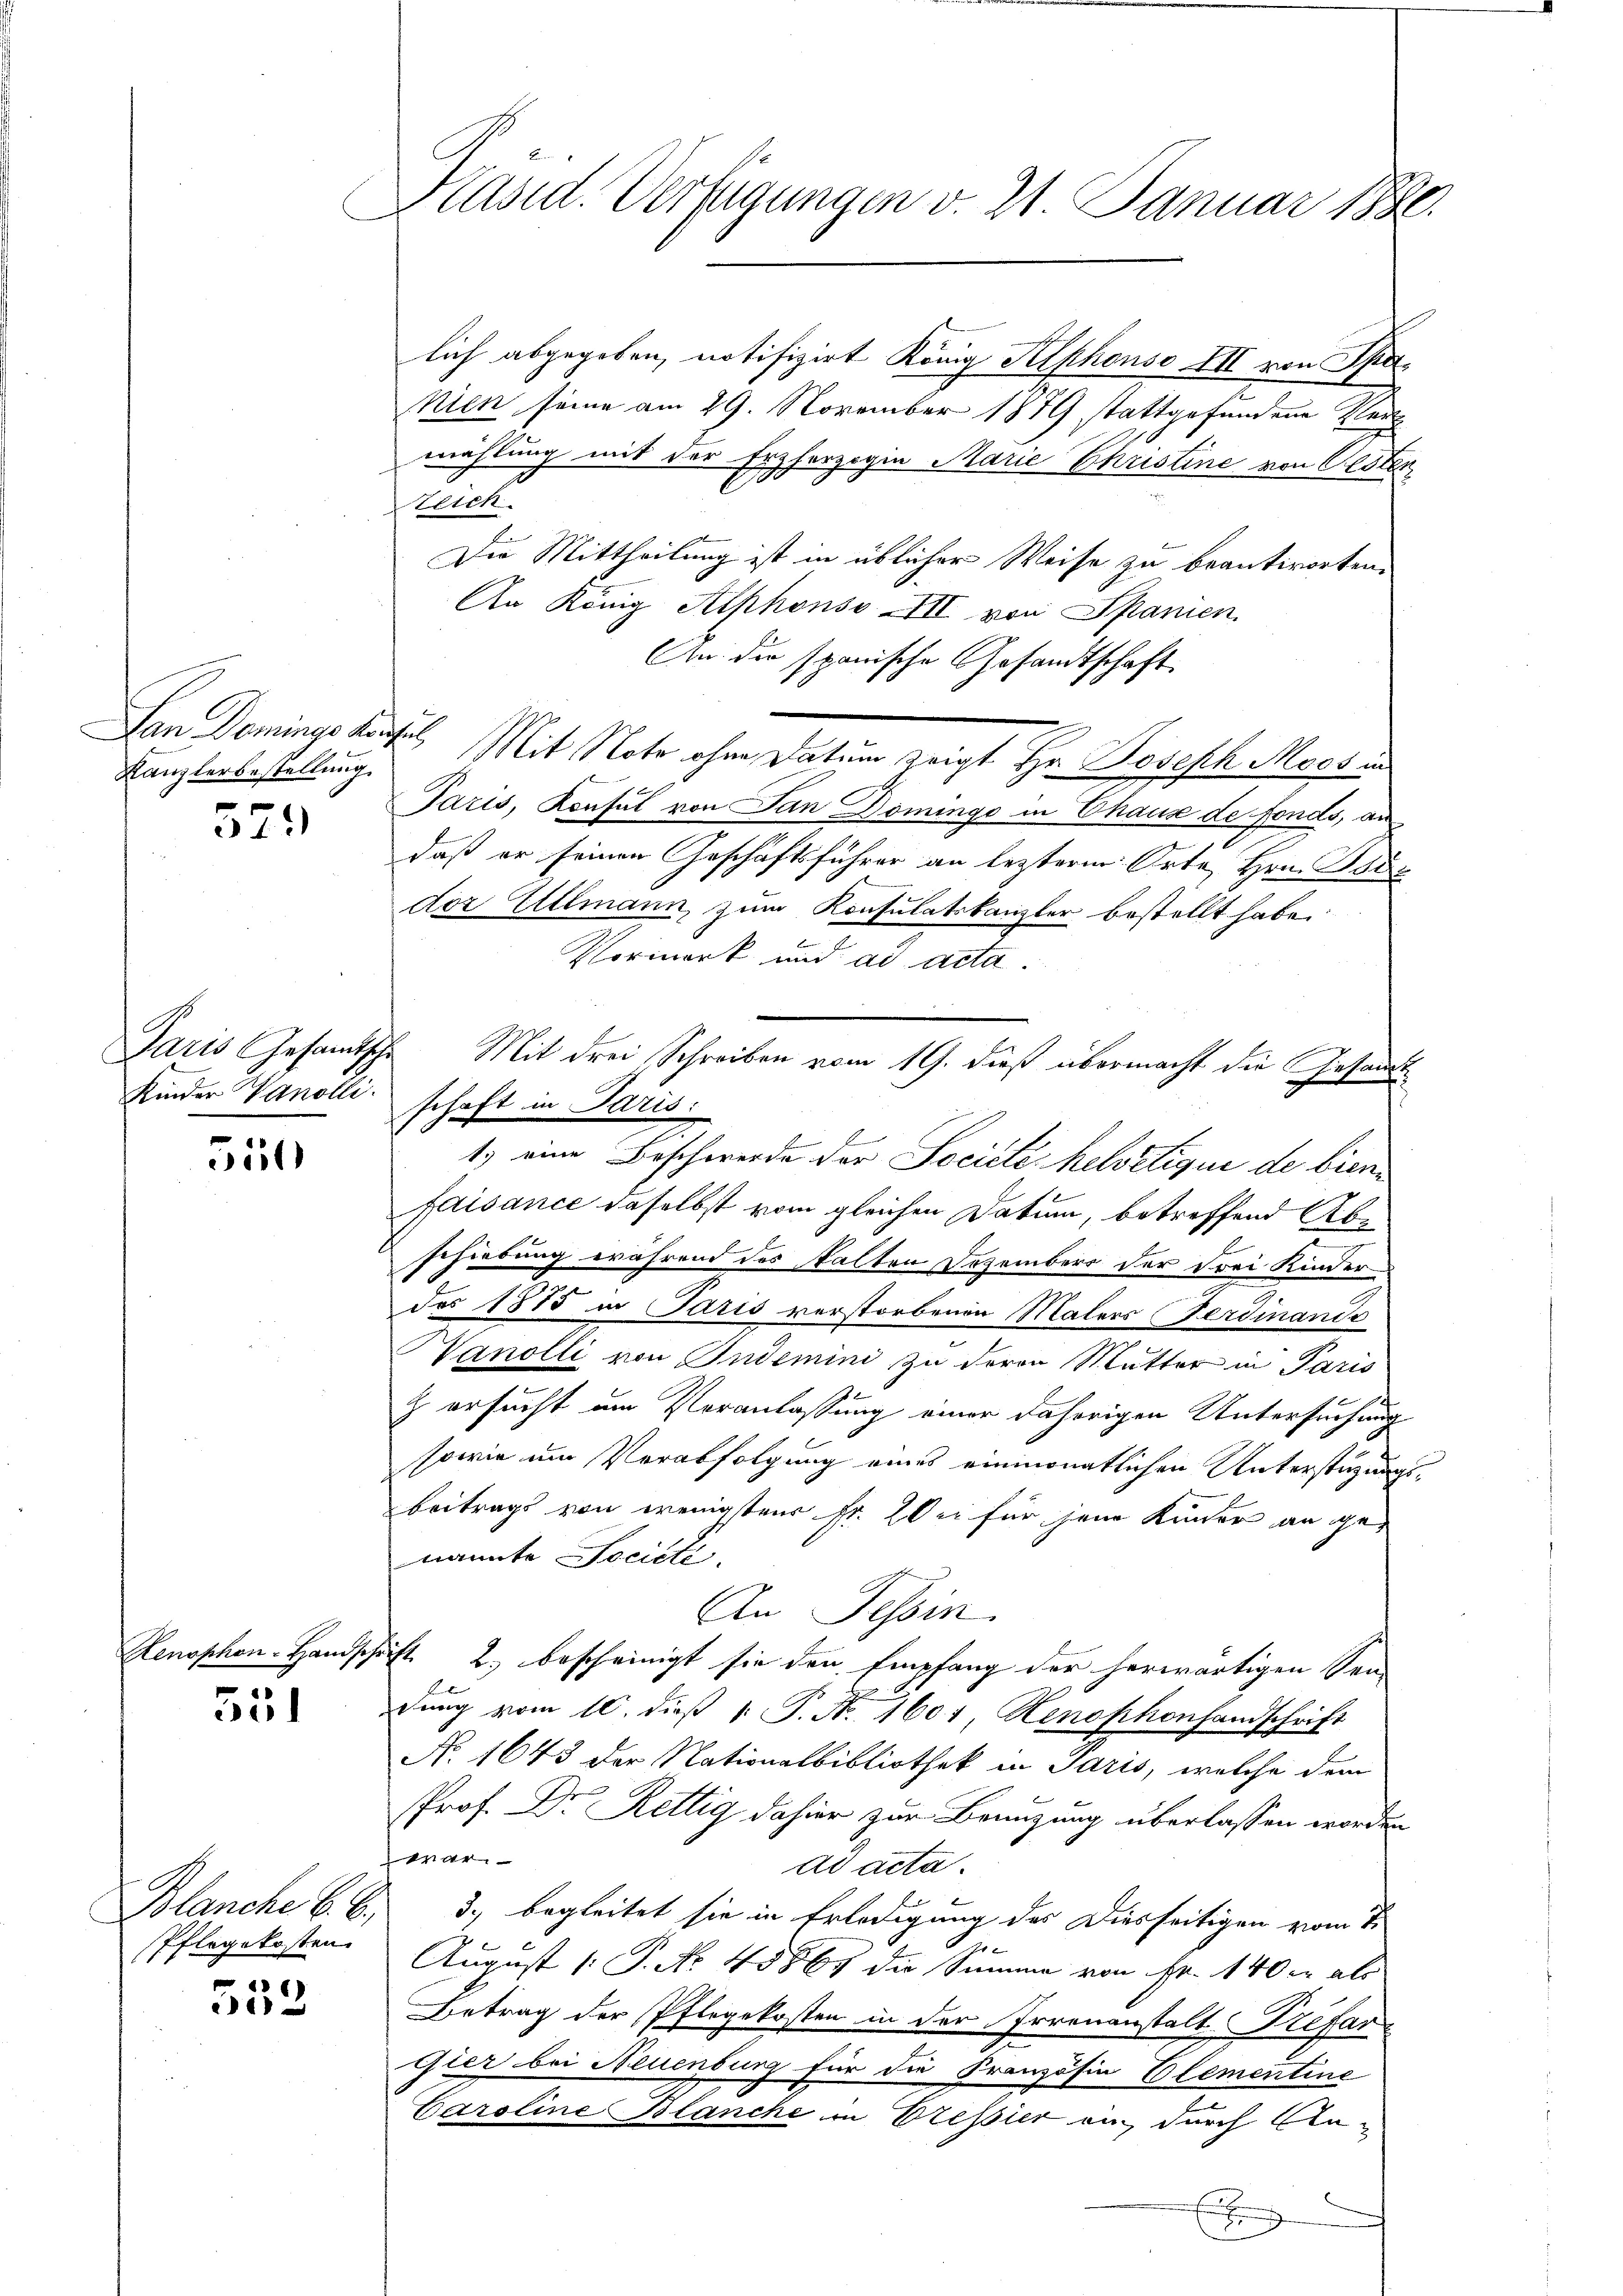
Kanzlerbestellung

571

Kinder Vanolli

55

551

Blanche B. b.,
Pflegekosten

6
e

Käsid. Verfügungen v. 21. Januar 1880.

lich abgegeben, notifizirt König Alphonso XII von Spenien seine am 29. November 1879 stattgefundene Ver
wählung mit der Erzherzogin Marie Ehristine von Oester
2
zeich
Die Mittheilung ist in üblicher Weise zu beantworten.
An König Alphonso XIII von Spanien
An die spanische Gesandtschaft
Der Domingshaus, Mit Note ohne Paten zeigt Hr. Joseph Morden
Paris, Konsul von Jan Dominge in Chaus de fonds, an
daß er seinen Geschäftsführer an lezterm Orte Hrn. Bois
dor Allmann zum Konsulatskanzler bestellt habe.
Vormerk und ad acta
schaft in Paris:
1) eine Beschwerde der Société helvetique de bien
faisance daselbst vom gleichen Datum, betreffend Abe
schiebung erährend des kalten Dezember der drei Kinderdos 1875 in Paris verstorbenen Malers (Ferdinande
Hanolli von Indemini zu deren Mutter in Paris
z ersucht um Veranlassung einer daherigen Untersuchung
sowie um Verabfolgung eines einmonatlichen Unterstüzungsbeitrags von wenigstens Fr. er für jene Kinder an genannte Société.
An Tessin.
Henophen-Handschaft 2.) bescheinigt sie den Empfang der herwärtigen Sen-
dŭng vom 10. dieβ 1. P. N. 1601, Henophonsandschrift
No. 1643 der Nationalbibliothek in Paris, welche dem
Prof. Dr. Rettig dahier zur Benuzung überlassen worden
+
ad acta.
3.) begleitet sie in Erledigung des Diesseitigen vom 7.
n
August [ P. No 45861 die Summe von Fr. 140 c als
Betrag der Pflegekosten in der Irrenanstalt Préfar¬
Gler bei Neuenburg für die Französin Elementine
Caroline Blanche in Eressier an durch An¬
Ein

Paris Gesamtsche Mit drei Schreiben vom 19. dieß übermacht die Gesandt¬